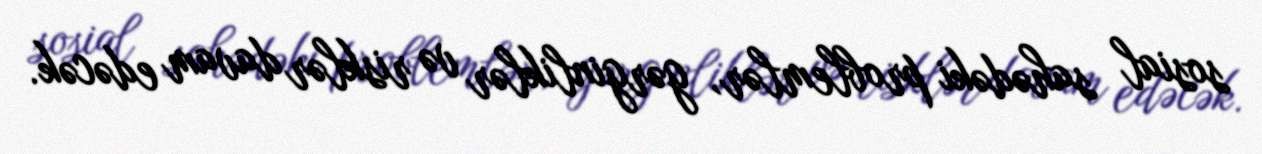
sosial sahədəki problemlər, gərginliklər və risklər davam edəcək.